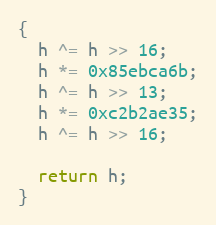
Language: C++
{
  h ^= h >> 16;
  h *= 0x85ebca6b;
  h ^= h >> 13;
  h *= 0xc2b2ae35;
  h ^= h >> 16;

  return h;
}